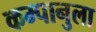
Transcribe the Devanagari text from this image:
कम्पानुला